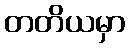
တတိယမှာ